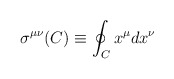
\begin{align*}\sigma^{\mu\nu}(C)\equiv \oint_C x^\mu dx^\nu\end{align*}